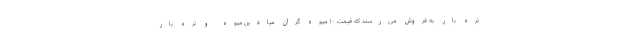
تره بار به فروش می‌رسند که قیمت ۱۰ میوه گران میادین میوه و تره بار